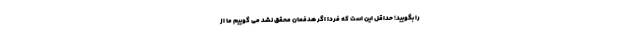
را بگویید؛ حداقل این است که فردا اگر هدفمان محقق نشد می گوییم ما از